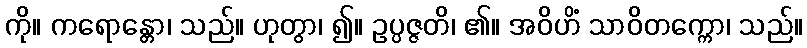
ကို။ ကရောန္တော၊ သည်။ ဟုတွာ၊ ၍။ ဥပ္ပဇ္ဇတိ၊ ၏။ အဝိဟိံ သာဝိတက္ကော၊ သည်။